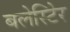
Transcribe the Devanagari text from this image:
बलेस्टिेर